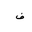
Letter: _fa